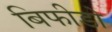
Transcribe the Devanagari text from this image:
बिफीडो